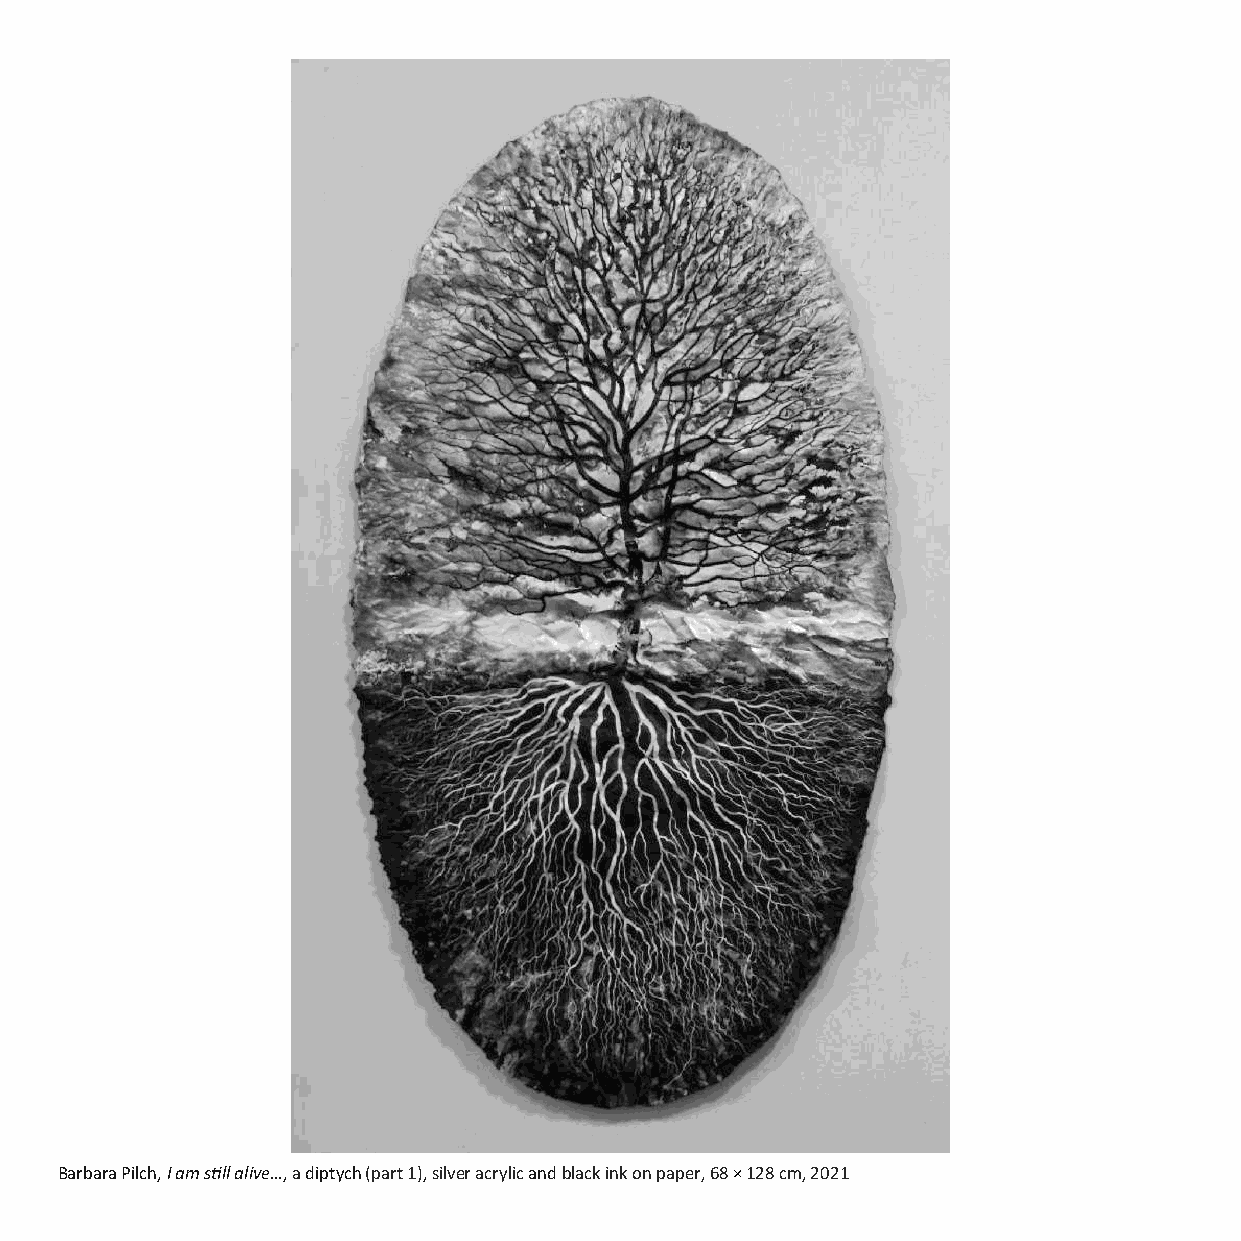
Barbara Pilch, I am sll alive…, a diptych (part 1), silver acrylic and black ink on paper, 68 × 128 cm, 2021